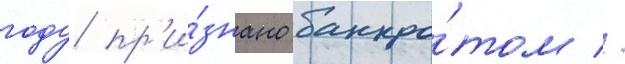
году пр'и́знано банкро́том //